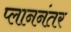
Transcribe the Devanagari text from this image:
प्लाननंतर